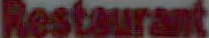
Restaurant